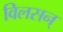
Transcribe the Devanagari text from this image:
विलसन्